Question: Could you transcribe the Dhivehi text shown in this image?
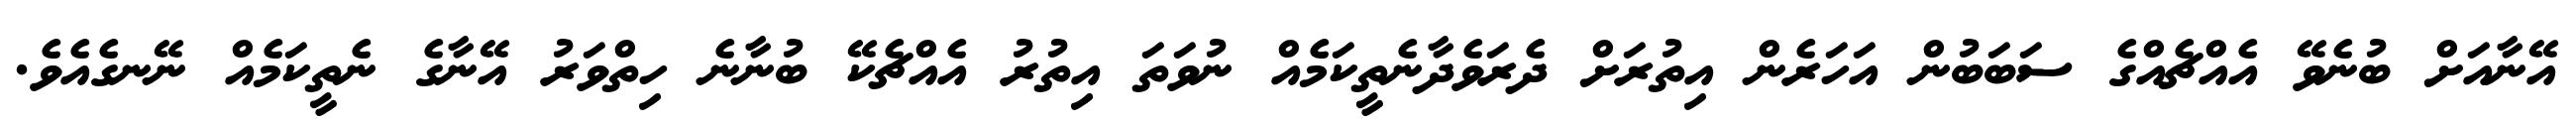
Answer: އޭނާއަށް ބުނެވޭ އެއްޗެއްގެ ސަބަބުން އަހަރެން އިތުރަށް ދެރަވެދާނެތީކަމެއް ނުވަތަ އިތުރު އެއްޗެކޭ ބުނާނެ ހިތްވަރު އޭނާގެ ނެތީކަމެއް ނޭނގެއެވެ.